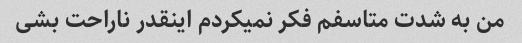
من به شدت متاسفم فکر نمیکردم اینقدر ناراحت بشی